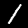
Digit: 1